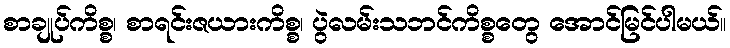
စာချုပ်ကိစ္စ၊ စာရင်းဇယားကိစ္စ၊ ပွဲလမ်းသဘင်ကိစ္စတွေ အောင်မြင်ပါမယ်။